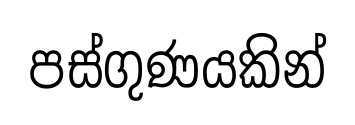
පස්ගුණයකින්